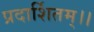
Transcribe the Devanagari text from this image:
प्रदार्शितम्।।